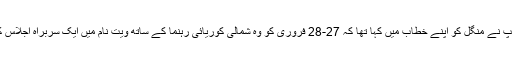
مسٹر ٹرمپ نے منگل کو اپنے خطاب میں کہا تھا کہ 27-28 فروری کو وہ شمالی کوریائی رہنما کے ساتھ ویت نام میں ایک سربراہ اجلاس کریں گے۔